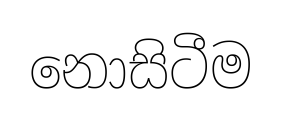
නොසිටීම